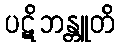
ပဋိဘန္တူတိ